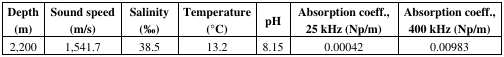
<table><thead><tr><td><b>Depth (m)</b></td><td><b>Sound speed (m/s)</b></td><td><b>Salinity (‰)</b></td><td><b>Temperature (°C)</b></td><td><b>pH</b></td><td><b>Absorption coeff., 25 kHz (Np/m)</b></td><td><b>Absorption coeff., 400 kHz (Np/m)</b></td></tr></thead><tbody><tr><td>2,200</td><td>1,541.7</td><td>38.5</td><td>13.2</td><td>8.15</td><td>0.00042</td><td>0.00983</td></tr></tbody></table>